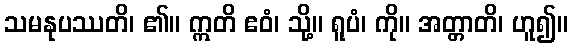
သမနုပဿတိ၊ ၏။ ဣတိ ဧဝံ၊ သို့။ ရူပံ၊ ကို။ အတ္တာတိ၊ ဟူ၍။